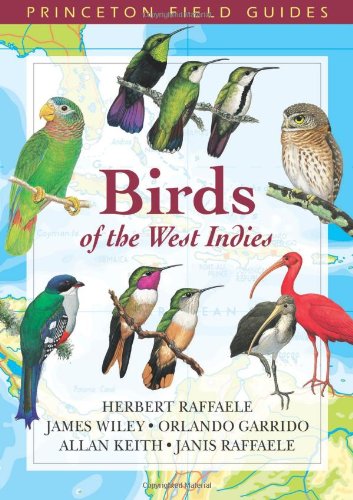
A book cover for Birds of the West Indies (Princeton Field Guides); Herbert A. Raffaele; Science & Math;